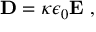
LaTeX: \mathbf { D } = \kappa \epsilon _ { 0 } \mathbf { E } \ ,